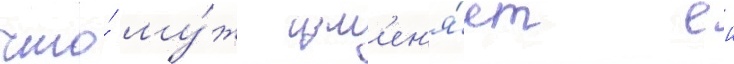
что́ му́ж изм'ен'я́ет еи